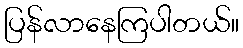
ပြန်လာနေကြပါတယ်။